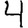
Digit: 4